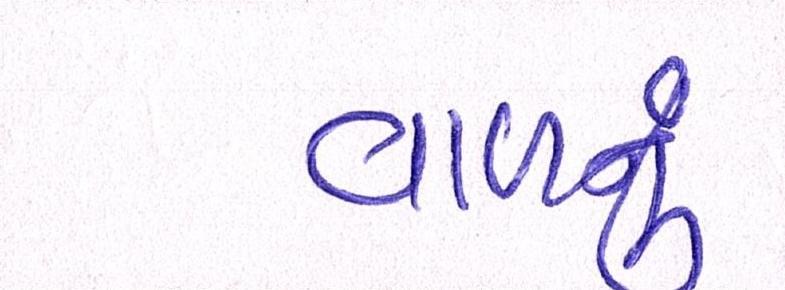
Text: વાળનું